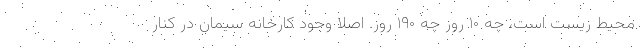
محیط‌ زیست است، چه ۱۰ روز چه ۱۹۰ روز. اصلا وجود کارخانه سیمان در کنار